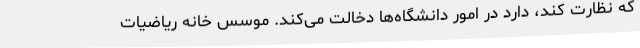
که نظارت کند، دارد در امور دانشگاه‌ها دخالت می‌کند. موسس خانه ریاضیات